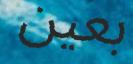
بعين